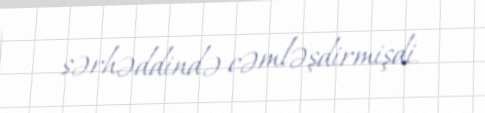
sərhəddində cəmləşdirmişdi.